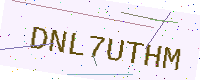
Text: DNL7UTHM